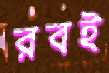
রবই